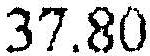
37.80